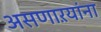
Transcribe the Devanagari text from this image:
असणाऱयांना